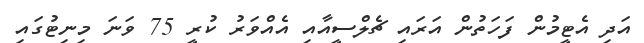
އަދި އެޓީމުން ފަހަތުން އަރައި ޗެލްސީއާއި އެއްވަރު ކުރީ 75 ވަނަ މިނިޓުގައި